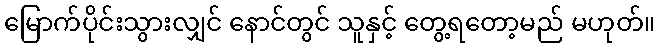
မြောက်ပိုင်းသွားလျှင် နောင်တွင် သူနှင့် တွေ့ရတော့မည် မဟုတ်။